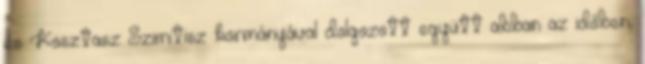
és Kosztasz Szimitisz kormányával dolgozott együtt abban az időben,